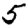
Digit: 5